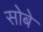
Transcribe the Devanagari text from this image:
सोबे